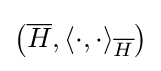
\left({\overline {H}},\langle \cdot ,\cdot \rangle _{\overline {H}}\right)